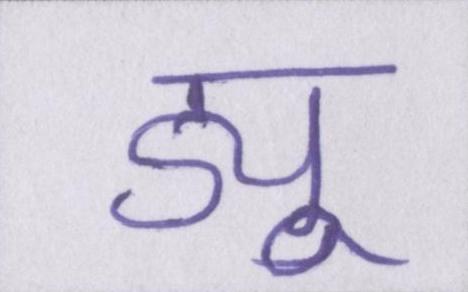
ड्यू